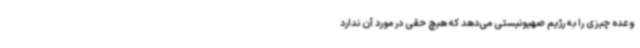
وعده چیزی را به رژیم صهیونیستی می‌دهد که هیچ حقی در مورد آن ندارد